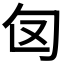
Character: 𭅅